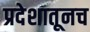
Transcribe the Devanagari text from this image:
प्रदेशातूनच